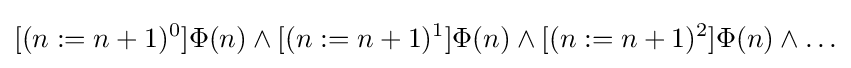
[(n:=n+1)^{0}]\Phi (n)\land [(n:=n+1)^{1}]\Phi (n)\land [(n:=n+1)^{2}]\Phi (n)\land \ldots \,\!